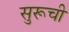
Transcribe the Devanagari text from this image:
सुरूची